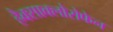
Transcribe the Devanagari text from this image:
हैक्साक्लोरोफेन